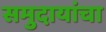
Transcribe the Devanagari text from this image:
समुदायांचा